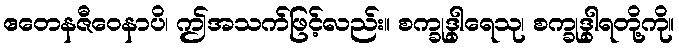
ဧတေနဇီဝေနာပိ၊ ဤအသက်ဖြင့်လည်း။ စက္ခုဒွါရေသု၊ စက္ခုဒွါရတို့ကို။